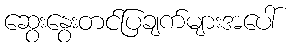
ဆွေးနွေးတင်ပြချက်များအပေါ်